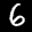
Label: 6